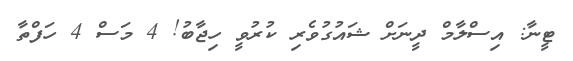
ޓީނާ: އިސްލާމް ދީނަށް ޝައުގުވެރި ކުރުވީ ހިޖާބު! 4 މަސް 4 ހަފްތާ